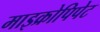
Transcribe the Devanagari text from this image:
माइक्रोपिपेट